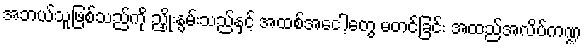
အဘယ်သူဖြစ်သည်ကို ညှိုးနွမ်းသည်နှင့် အထစ်အငေါ့တွေ မတင်ခြင်း အထည်အလိပ်ကဏ္ဍ